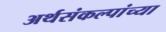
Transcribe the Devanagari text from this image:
अर्थसंकल्पांच्या